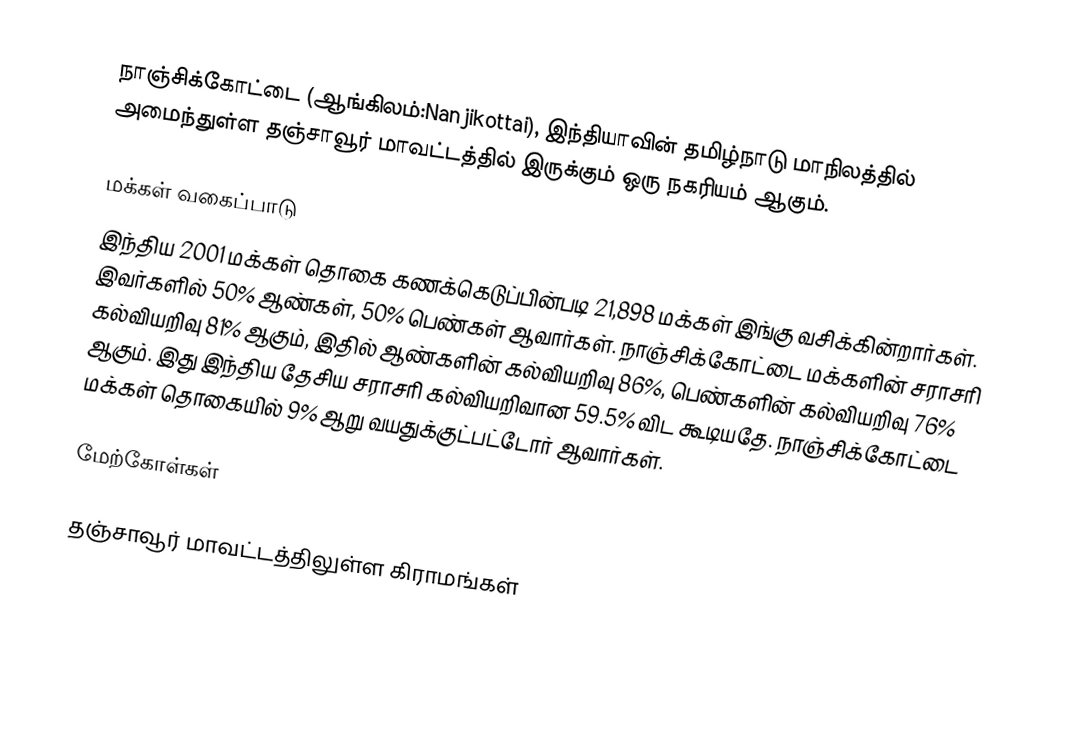
நாஞ்சிக்கோட்டை (ஆங்கிலம்:Nanjikottai), இந்தியாவின் தமிழ்நாடு மாநிலத்தில் அமைந்துள்ள தஞ்சாவூர் மாவட்டத்தில் இருக்கும் ஒரு நகரியம் ஆகும்.

மக்கள் வகைப்பாடு
இந்திய 2001 மக்கள் தொகை கணக்கெடுப்பின்படி 21,898 மக்கள் இங்கு வசிக்கின்றார்கள். இவர்களில் 50% ஆண்கள், 50% பெண்கள் ஆவார்கள். நாஞ்சிக்கோட்டை மக்களின் சராசரி கல்வியறிவு 81% ஆகும்,  இதில் ஆண்களின் கல்வியறிவு 86%,  பெண்களின் கல்வியறிவு 76% ஆகும். இது இந்திய தேசிய சராசரி கல்வியறிவான 59.5% விட கூடியதே. நாஞ்சிக்கோட்டை மக்கள் தொகையில் 9%  ஆறு வயதுக்குட்பட்டோர் ஆவார்கள்.

மேற்கோள்கள்

தஞ்சாவூர் மாவட்டத்திலுள்ள கிராமங்கள்